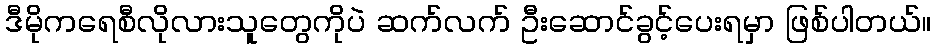
ဒီမိုကရေစီလိုလားသူတွေကိုပဲ ဆက်လက် ဦးဆောင်ခွင့်ပေးရမှာ ဖြစ်ပါတယ်။